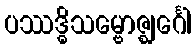
ပဿဒ္ဓိသမ္ဗောဇ္ဈင်္ဂေါ